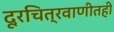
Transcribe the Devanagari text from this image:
दूरचित्रवाणीतही